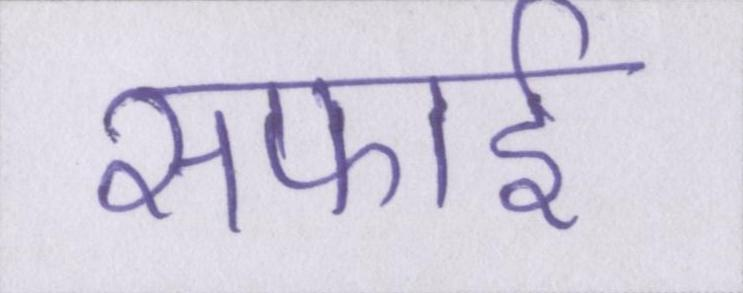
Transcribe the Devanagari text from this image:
सफाई